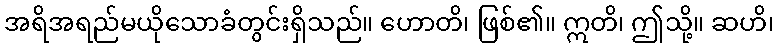
အရိအရည်မယိုသောခံတွင်းရှိသည်။ ဟောတိ၊ ဖြစ်၏။ ဣတိ၊ ဤသို့။ ဆဟိ၊